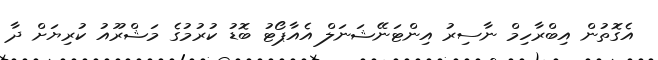
އެގޮތުން އިބްރާހިމް ނާސިރު އިންޓަނޭޝަނަލް އެއާޕޯޓު ބޮޑު ކުރުމުގެ މަޝްރޫއު ކުރިޔަށް ދާ